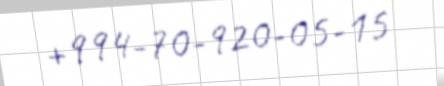
+994-70-920-05-15